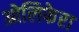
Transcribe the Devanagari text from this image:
ओलिफेरा